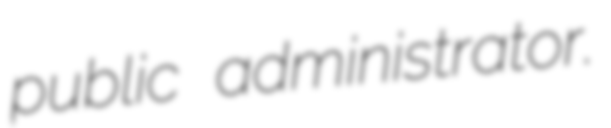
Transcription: public administrator.